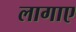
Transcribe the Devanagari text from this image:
लागाए